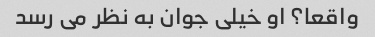
واقعا؟ او خیلی جوان به نظر می رسد